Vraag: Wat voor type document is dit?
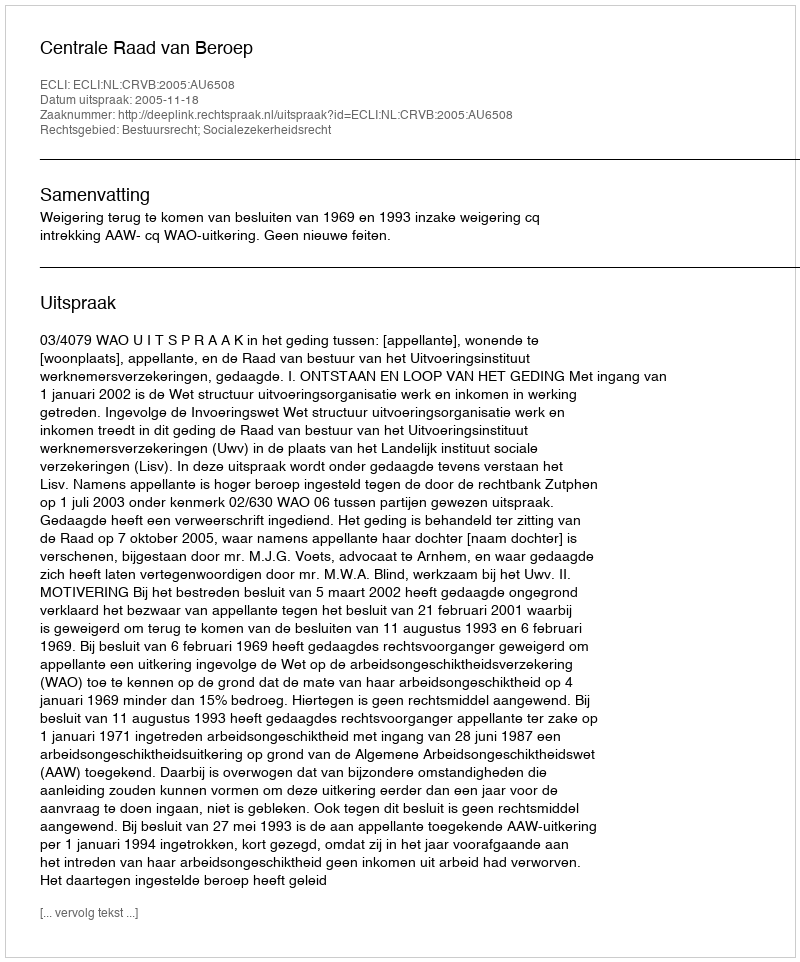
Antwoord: Uitspraak